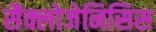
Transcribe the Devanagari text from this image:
सैक्लोजेनिसिस